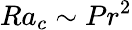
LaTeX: Ra_{c}\sim Pr^{2}